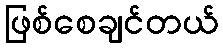
ဖြစ်စေချင်တယ်